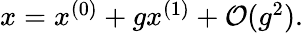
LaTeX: \begin{array}{r}{x=x^{(0)}+gx^{(1)}+\mathcal{O}(g^{2}).}\end{array}